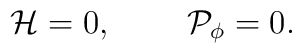
{\cal H}=0,\;\;\;\;\;\;\;\;{\cal P}_{\phi}=0.